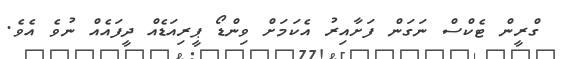
ގްރީން ޓެކްސް ނަގަން ފަށާއިރު އެކަމަށް ވިންޑޯ ޕީރިއަޑެއް ދީފައެއް ނުވެ އެވެ.